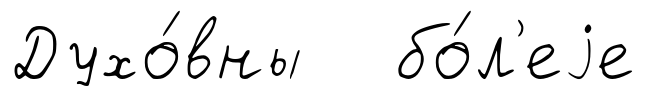
Духо́вны бо́л'еjе